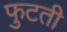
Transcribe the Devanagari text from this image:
फुटती